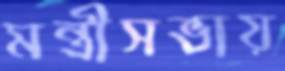
মন্ত্রীসভায়